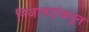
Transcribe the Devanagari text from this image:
निजानंदांकडून